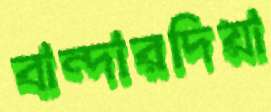
বান্দারদিয়া